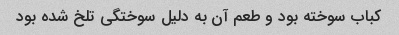
کباب سوخته بود و طعم آن به دلیل سوختگی تلخ شده بود